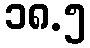
၁၈.၅